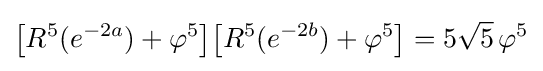
{\bigl [}R^{5}(e^{-2a})+\varphi ^{5}{\bigl ]}{\bigl [}R^{5}(e^{-2b})+\varphi ^{5}{\bigr ]}=5{\sqrt {5}}\,\varphi ^{5}